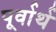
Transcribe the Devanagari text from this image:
पूर्वार्थ